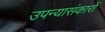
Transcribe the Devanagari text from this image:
उपन्यासंकारों